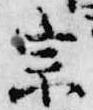
宗